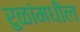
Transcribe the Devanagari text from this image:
रुळांमधील